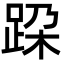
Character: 跥